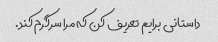
داستانی برایم تعریف کن که مرا سرگرم کند.